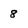
Character: 8